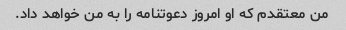
من معتقدم که او امروز دعوتنامه را به من خواهد داد.